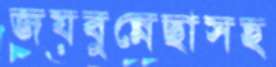
জয়বুন্নেছাসহ